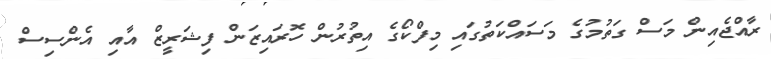
ރާއްޖެއިން މަސް ގަތުމުގެ މަސައްކަތުގައި މިފްކޯގެ އިތުރުން ހޮރައިޒަން ފިޝަރީޒް އާއި އެންސިސް